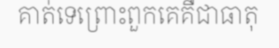
គាត់ទេព្រោះពួកគេគឺជាធាតុ